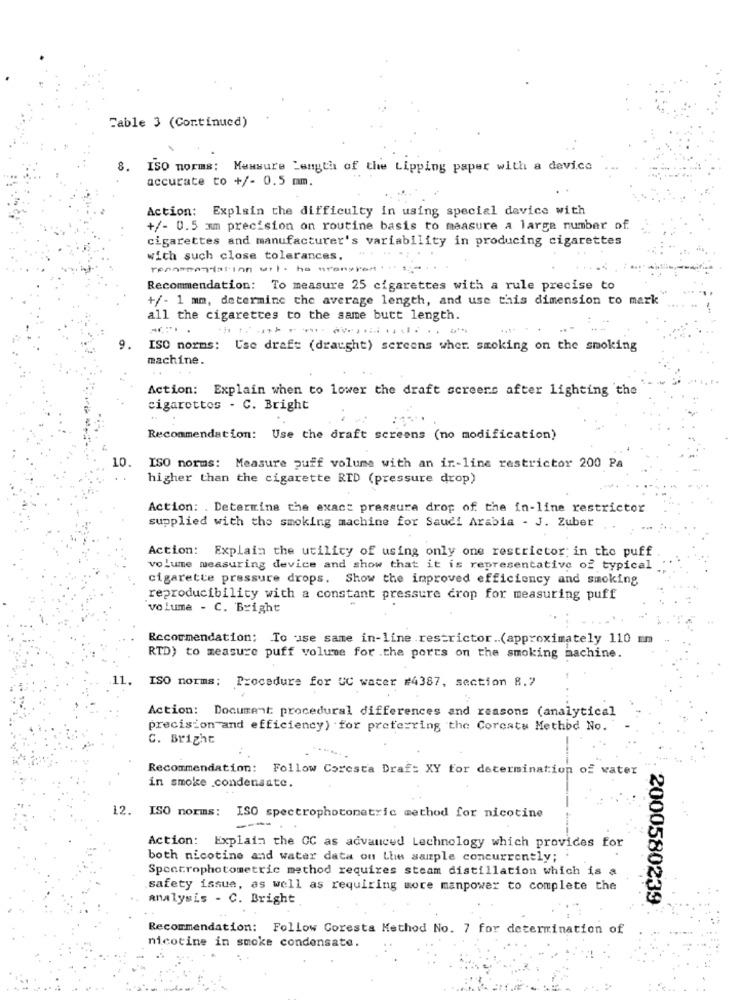
Table 3 (Continued)
8.
ISO norms: Measure Length of the Lipping paper with a device
accurate to +/- 0.5 mm.
Action: Explain the difficulty in using special device with
+/- 0.5 mm precision on routine basis to measure a large number of
cigarettes and manufacturer's variability in producing cigarettes
with such close tolerances.
resormantar inn wil. ha mangrat
Recommendation: To measure 25 cigarettes with a rule precise to
+/- 1 mm, determine the average length, and use this dimension to mark
all the cigarettes to the same butt length.
9.
ISO norms: Use draft (draught) screens wher. smoking on the smoking
machine.
Action: Explain when to lower the draft screens after lighting the
cigarettes - C. Bright
Recommendation: Use the draft screens (no modification)
10.
ISO norms: Measure puff volume with an in-line restrictor 200 Pa
higher than the cigarette RID (pressure drop)
Action: . Determine the exact pressure drop of the in-line restrictor
supplied with the smoking machine for Saudi Arabia - J. Zuber
Action: Explain the utilicy of using only one restrictor; in the puff
volume measuring device and show that it is representative of typical
cigarette pressure drops. Show the improved efficiency and smoking
reproducibility with a constant pressure drop for measuring puff
volume - C. Bright
Recommendation: To use same in-line restrictor .. (approximately 110 mm
RTD) to measure puff volume for .the ports on the smoking machine.
11.
ISO norms: Procedure for UC water #4387, section 8.7
Action: Document procedural differences and reasons (analytical
precision and efficiency) for preferring the Coreats Method No.
C. Bright
Recommendation: Follow Coresta Draf: XY for determination of water
in smoke .condensate.
12. ISO norms: ISO spectrophotometric method for nicotine
Action: Explain the CC as advanced Lechnology which provides for
both nicotine and water data on Lhe sample concurrently;
Spectrophotometric method requires steam distillation which is a
safety issue, as well as requiring more manpower to complete the
analysis - C. Bright
2000580239
Recommendation: Follow Coresta Method No. 7 for determination of
nicotine in smoke condensate.